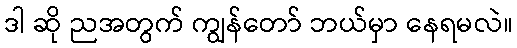
ဒါ ဆို ညအတွက် ကျွန်တော် ဘယ်မှာ နေရမလဲ။